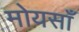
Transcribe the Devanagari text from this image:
मोयसाँ